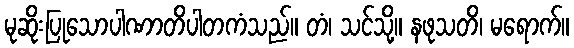
မုဆိုးပြုသောပါဏာတိပါတကံသည်။ တံ၊ သင်သို့။ နဖုသတိ၊ မရောက်။